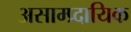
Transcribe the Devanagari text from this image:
असाम्प्र्दायिक